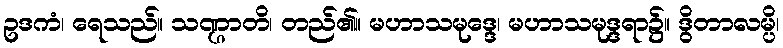
ဥဒကံ၊ ရေသည်။ သဏ္ဌာတိ၊ တည်၏။ မဟာသမုဒ္ဒေ၊ မဟာသမုဒ္ဒရာ၌။ ဒွိတာလမ္ပိ၊